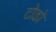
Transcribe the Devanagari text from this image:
टोडो